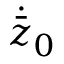
\dot { \bar { z } } _ { 0 }